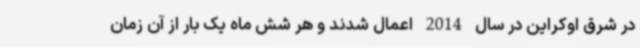
در شرق اوکراین در سال 2014 اعمال شدند و هر شش ماه یک بار از آن زمان